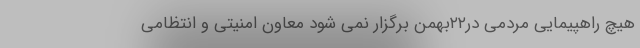
هیچ راهپیمایی مردمی در۲۲بهمن برگزار نمی شود معاون امنیتی و انتظامی